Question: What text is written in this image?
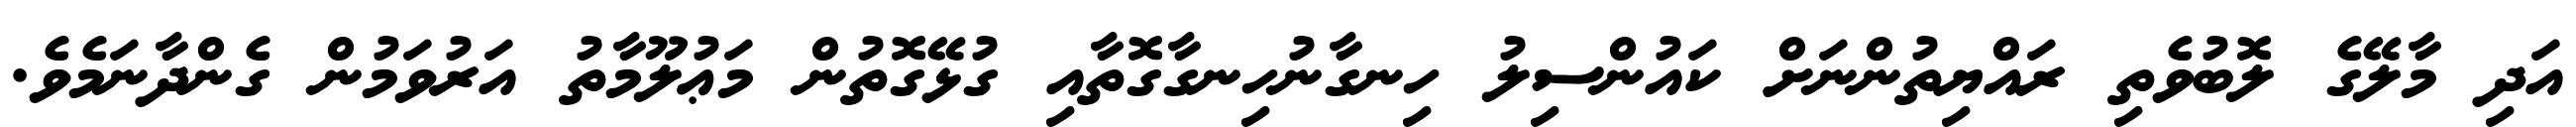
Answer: އަދި މާލޭގެ ލޮބުވެތި ރައްޔިތުންނަށް ކައުންސިލު ހިނގާނުހިނގާގޮތާއި ގުޅޭގޮތުން މަޢުލޫމާތު އަރުވަމުން ގެންދާނަމެވެ.